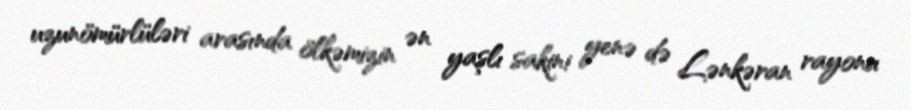
uzunömürlüləri arasında ölkəmizin ən yaşlı sakini yenə də Lənkəran rayonu